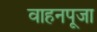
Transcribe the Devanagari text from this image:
वाहनपूजा